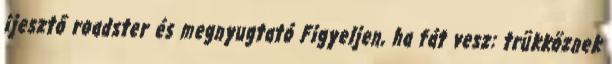
ijesztő roadster és megnyugtató Figyeljen, ha fát vesz: trükköznek